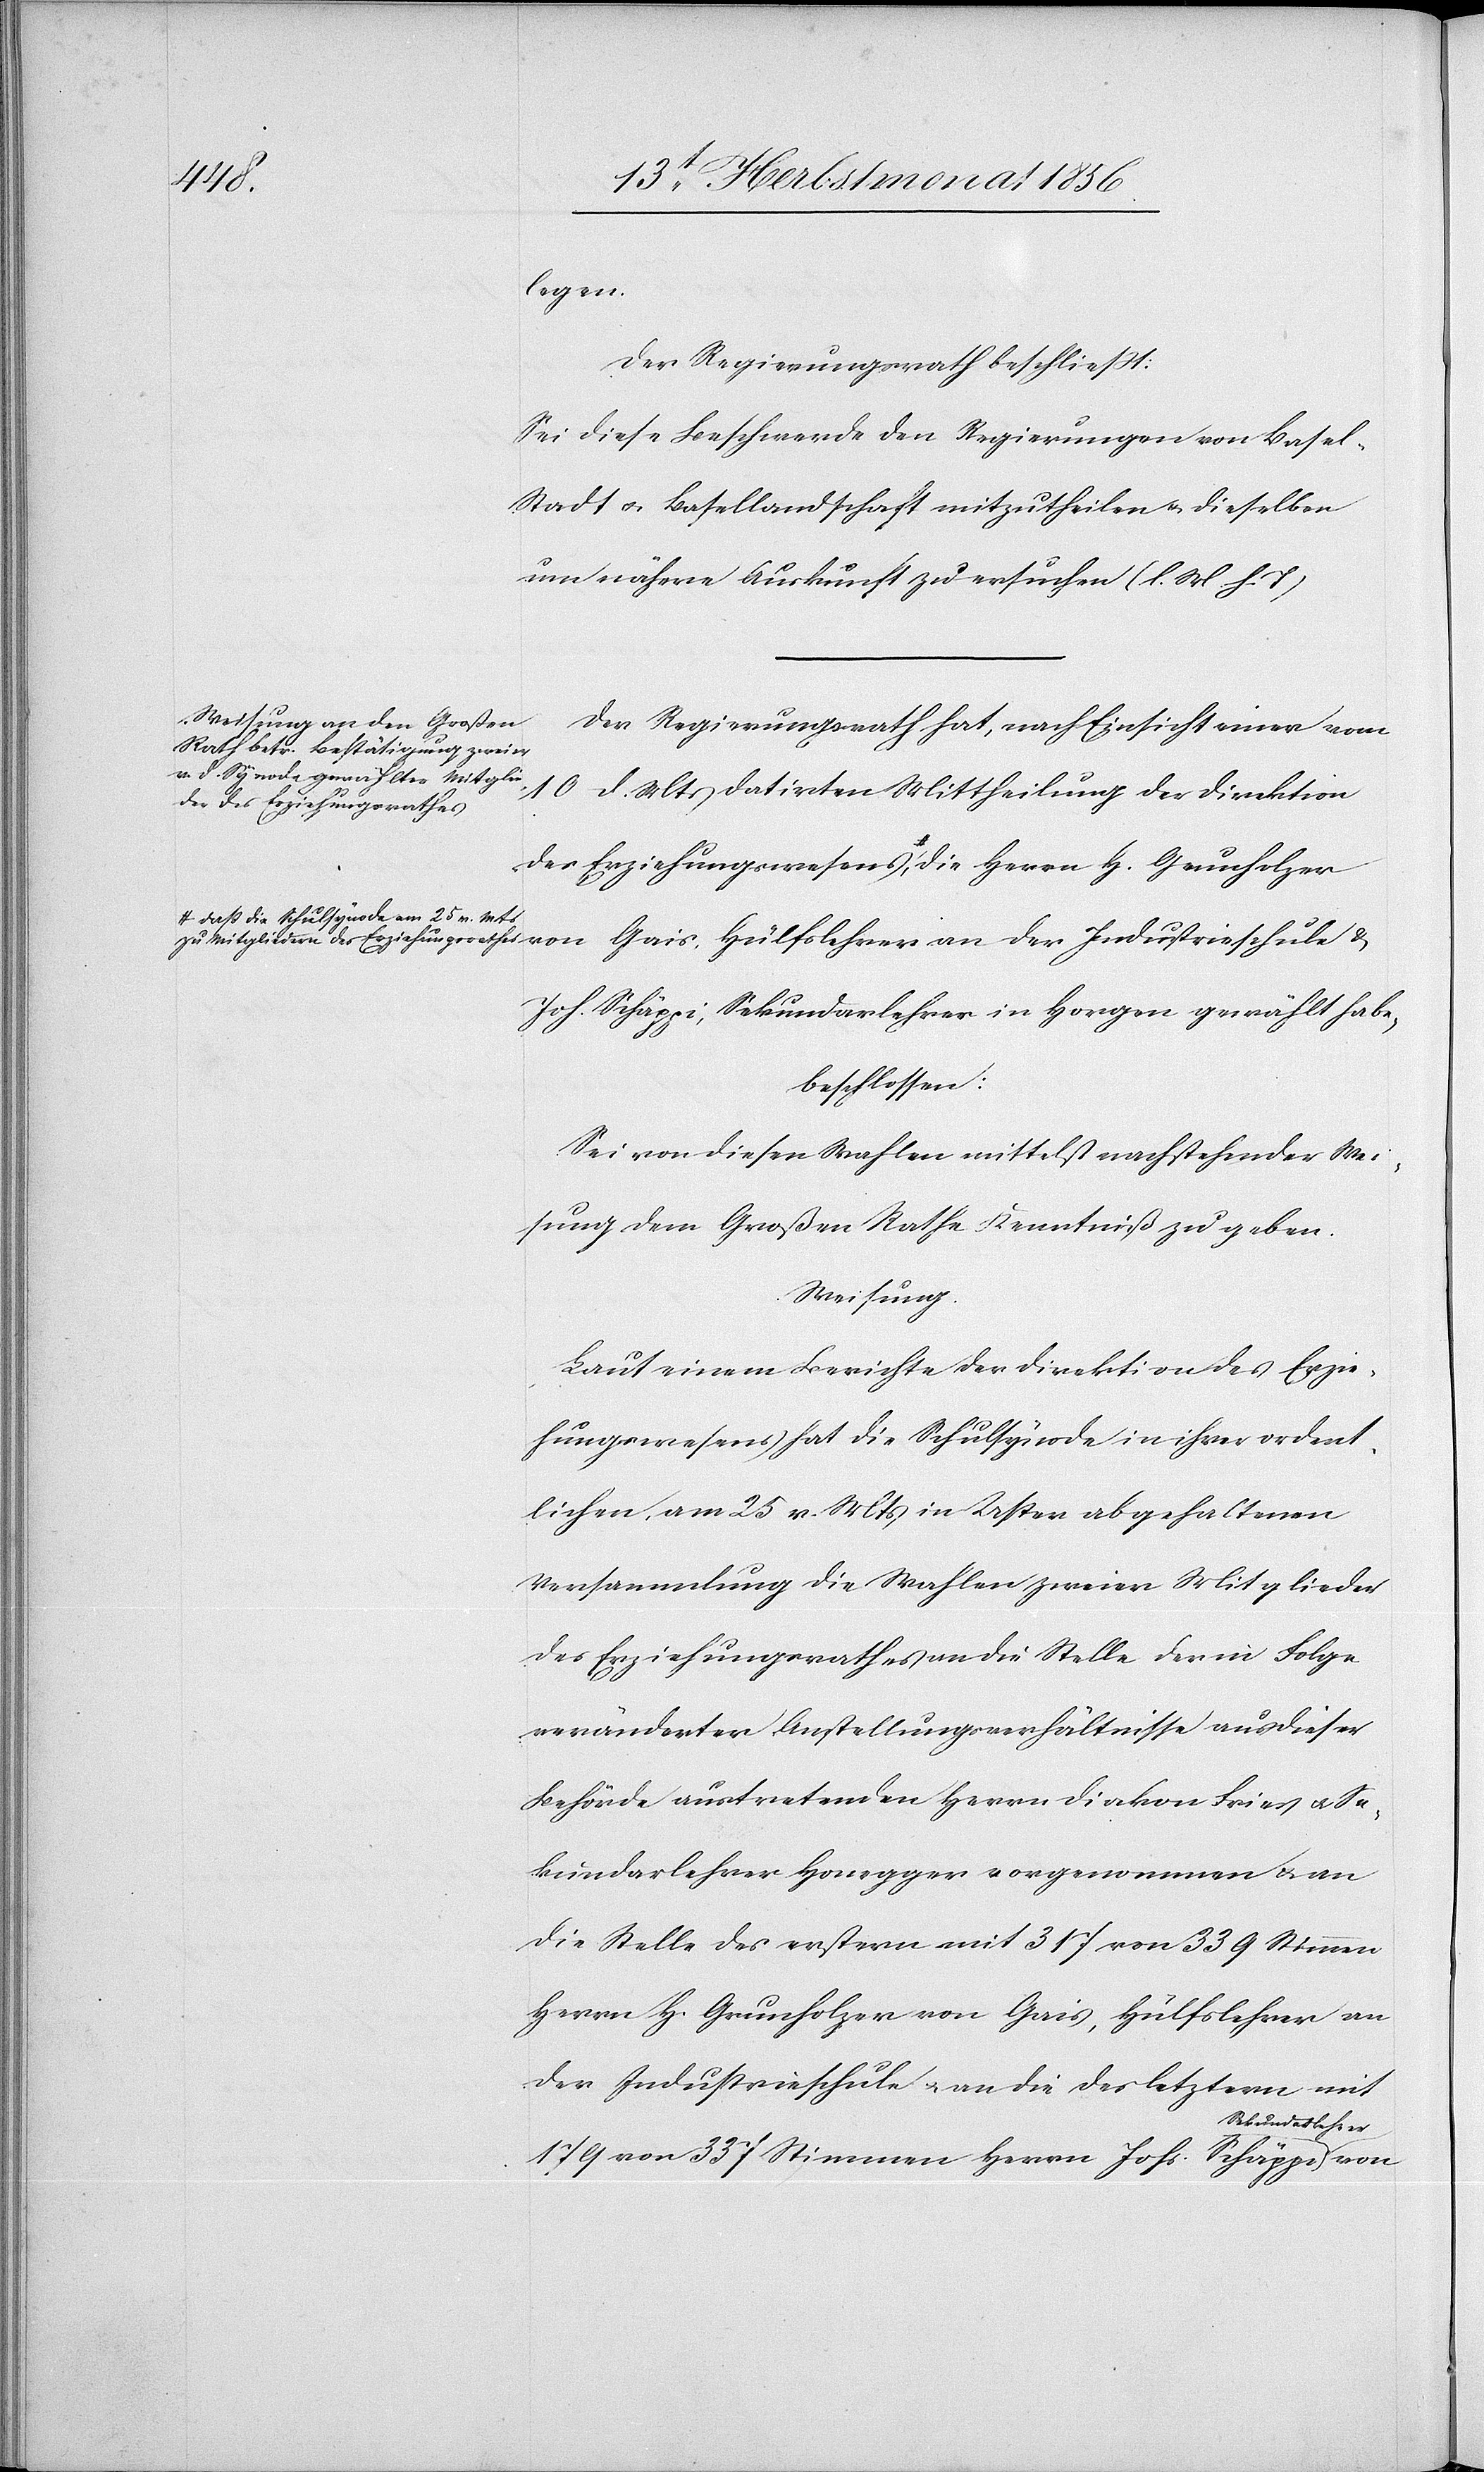
Mitglie¬
Horgen
Der Regierungsrath beschliesst:
Sei diese Beschwerde den Regierungen von Base¬
l-Stadt u. Basellandschaft mitzutheilen u. dieselben
um nähere Auskunft zu ersuchen (l. M. h.T).
Der Regierungsrath hat, nach Einsicht einer vom
10 d. Mts datirten Mittheilung der Direktion
dern des Erziehungsrathes-a
die Schulsynode am 25 v. Mts
beschlossen:
Sei von diesen Wahlen mittelst nachstehender Wei¬
sung dem Großen Rathe Kenntniß zu geben.
Weisung.
Laut einem Berichte der Direktion des Erzie¬
hungswesens hat die Schulsynode in ihrer ordent¬
lichen, am 25 v. Mts in Uster abgehaltenen
Versammlung die Wahlen zweier Mitglieder
des Erziehungsrathes an die Stelle der in Folge
veränderter Anstellungsverhältnisse aus dieser
Behörde austretenden Herrn Diakon Fries u. Se¬
kundarlehrer Honegger vorgenommen u. an
die Stelle des erstern mit 317 von 339 Stimmen
Herrn H. Grunholzer von Gais, Hulfslehrer an
der Industrieschule u. an die des letztern mit
179 von 337 Stimmen Herrn Johs. Schäppi